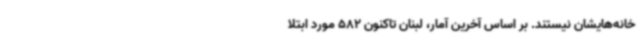
خانه‌هایشان نیستند. بر اساس آخرین آمار، لبنان تاکنون 582 مورد ابتلا